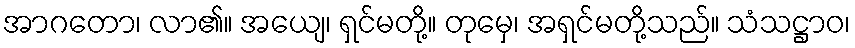
အာဂတော၊ လာ၏။ အယျေ၊ ရှင်မတို့။ တုမှေ၊ အရှင်မတို့သည်။ သံသဋ္ဌာဝ၊